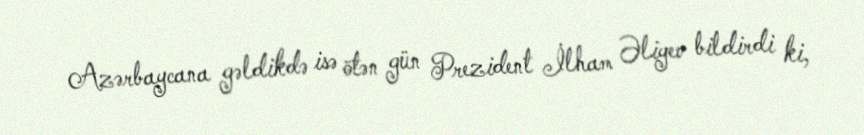
Azərbaycana gəldikdə isə ötən gün Prezident İlham Əliyev bildirdi ki,